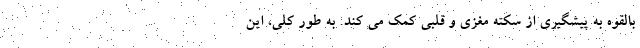
بالقوه به پیشگیری از سکته مغزی و قلبی کمک می کند. به طور کلی، این